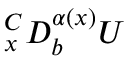
{ } _ { x } ^ { C } D _ { b } ^ { \alpha ( x ) } U